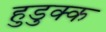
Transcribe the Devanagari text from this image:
हुडुक्क